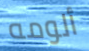
ألومه